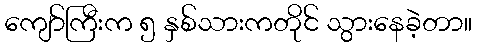
ကျော်ကြီးက ၅ နှစ်သားကတိုင် သွားနေခဲ့တာ။